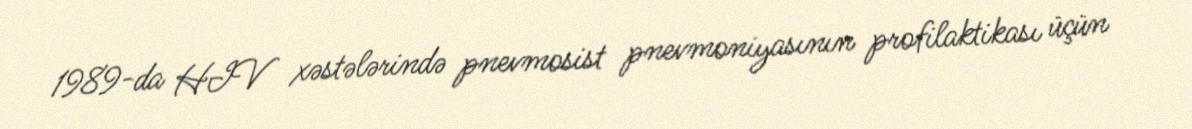
1989-da HIV xəstələrində pnevmosist pnevmoniyasının profilaktikası üçün